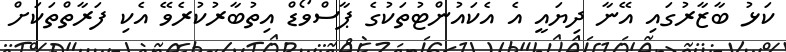
ކަޅު ބާޒާރުގައި އޭނާ ދިޔައީ އެ އެކައުންޓުތަކުގެ ޕާސްވޯޑް އިތުބާރުކުރެވޭ އެކި ފަރާތްތަކަށް